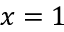
x = 1